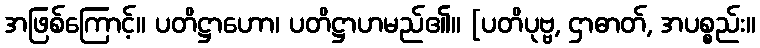
အဖြစ်ကြောင့်။ ပတိဋ္ဌာဟော၊ ပတိဋ္ဌာဟမည်၏။ [ပတိပုဗ္ဗ, ဌာဓာတ်, အပစ္စည်း။